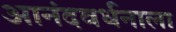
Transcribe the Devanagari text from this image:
आनंदवर्धनाला